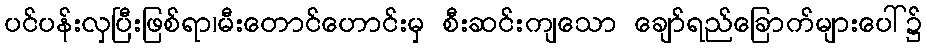
ပင်ပန်းလှပြီးဖြစ်ရာ၊မီးတောင်ဟောင်းမှ စီးဆင်းကျသော ချော်ရည်ခြောက်များပေါ်၌